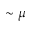
\sim \mu